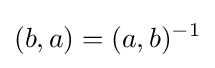
(b,a)=(a,b)^{-1}